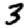
Digit: 3